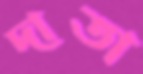
দাতা